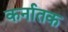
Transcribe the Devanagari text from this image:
कर्नातक